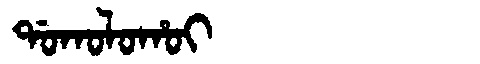
Manchu: ᡩᠣᡴᠣᠯᠣᡥᠣᡳ
Romanization: DOKOLOHOI